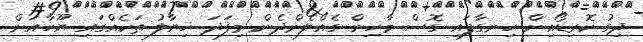
ދިގު ކޮރިޑޯއިން ހިނގާފައި ގޮސް މާހިން ގެއްލެންދެން މިފަދަ ޚިޔާލު ތަކެއްގައި ޔޫހާއަށް